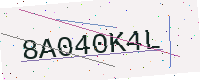
Text: 8A040K4L